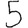
Digit: 5